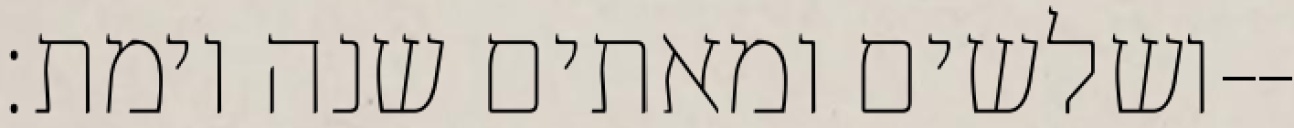
ושלשים ומאתים שנה וימת׃--